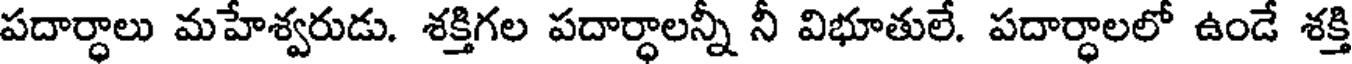
పదార్ధాలు మహేశ్వరుడు. శక్తిగల పదార్ధాలన్నీ నీ విభూతులే. పదార్ధాలలో ఉండే శక్తి